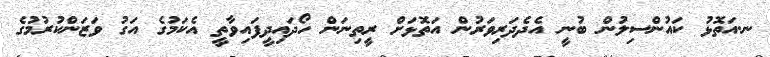
ނ.އަތޮޅު ކައުންސިލުން ބުނީ އެދެދަރިވަރުން އަތޮޅަށް ރީތިނަން ހޯދައިދީފައިވާތީ އެކަމުގެ އަގު ވަޒަންކުރުމުގެ